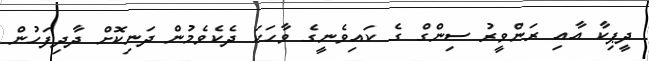
ދީޕިކާ އާއި ރަންވީރު ސިންގް ގެ ކައިވެނީގެ ވާހަކަ ދެކެވެމުން ދަނިކޮށް ދާދިފަހުން